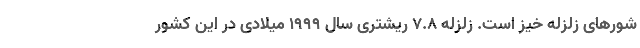
شورهای زلزله ‌خیز است. زلزله ۷.۸ ریشتری سال ۱۹۹۹ میلادی در این کشور